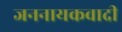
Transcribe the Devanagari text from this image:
जननायकवादी